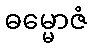
ဓမ္မောဇံ